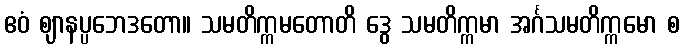
ဧဝံ ဈာနပ္ပဘေဒတော။ သမတိက္ကမတောတိ ဒွေ သမတိက္ကမာ အင်္ဂသမတိက္ကမော စ